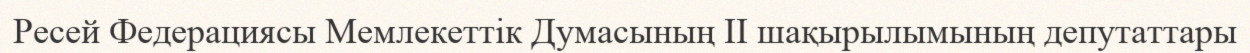
Ресей Федерациясы Мемлекеттік Думасының II шақырылымының депутаттары